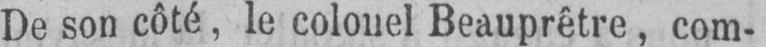
De son côté, le colonel Beauprêtre, com-